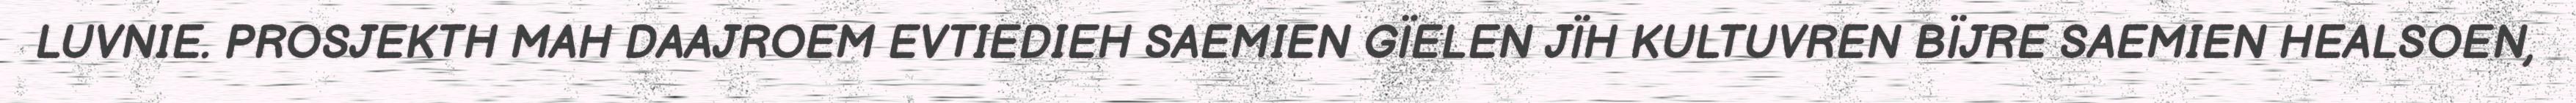
LUVNIE. PROSJEKTH MAH DAAJROEM EVTIEDIEH SAEMIEN GÏELEN JÏH KULTUVREN BÏJRE SAEMIEN HEALSOEN,